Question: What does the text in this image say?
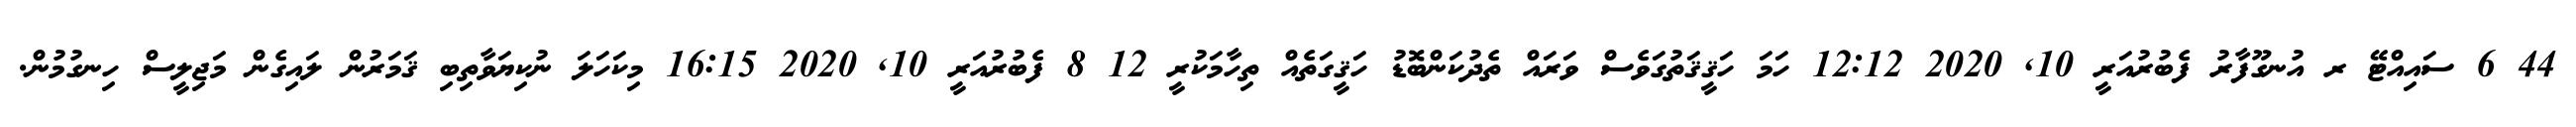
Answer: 44 6 ސައިއްޓޭ ރ އުނގޫފާރު ފެބުރުއަރީ 10, 2020 12:12 ހަމަ ހަޤީޤަތުގަވެސް ވަރައް ތެދުކަންބޮޑު ހަޤީގަތެއް ތިހާމަކުރީ 12 8 ފެބުރުއަރީ 10, 2020 16:15 މިކަހަލަ ނުކިޔަވާތިބި ޤަމަރުން ލައިގެން މަޖިލީސް ހިނގުމުން.